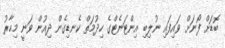
ބޮޑަށް ފޯނަށް ވައިފައި ނުލިބި އިންޓަނެޓްގެ ހިދުމަތް ކެނޑިގެން ދިއުން ވަނީ މިހާރު